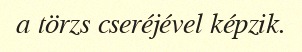
a törzs cseréjével képzik.